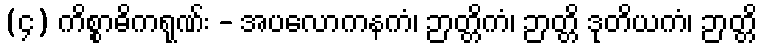
(၄) ကိစ္စာဓိကရုဏ်း - အပလောကနကံ၊ ဉာတ္တိကံ၊ ဉာတ္တိ ဒုတိယကံ၊ ဉာတ္တိ